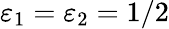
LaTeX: \varepsilon_{1}=\varepsilon_{2}=1/2